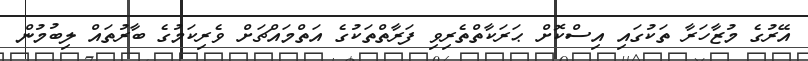
އޭރުގެ މުޒާހަރާ ތަކުގައި އިސްކޮށް ޙަރަކާތްތެރިވި ފަރާތްތަކުގެ އަތްމައްޗަށް ވެރިކަމުގެ ބާރުތައް ލިބުމުން